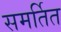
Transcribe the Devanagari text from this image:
समर्तित